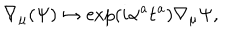
LaTeX: \nabla _ { \mu } ( \Psi ) \mapsto \exp ( i \mathbf { \alpha } ^ { a } \mathbf { t } ^ { a } ) \nabla _ { \mu } \Psi ,